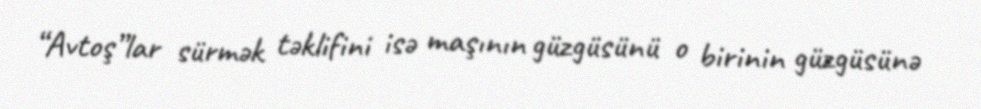
“Avtoş”lar sürmək təklifini isə maşının güzgüsünü o birinin güzgüsünə